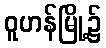
ဝူဟန်မြို့၌